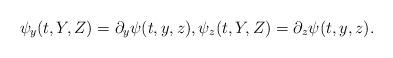
LaTeX: \begin{align*}\psi_y(t,Y,Z) = \partial_y\psi(t,y,z), \psi_z(t,Y,Z) = \partial_z\psi(t,y,z). \end{align*}